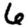
Digit: 6